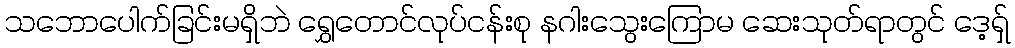
သဘောပေါက်ခြင်းမရှိဘဲ ရွှေတောင်လုပ်ငန်းစု နဂါးသွေးကြောမ ဆေးသုတ်ရာတွင် ဒေ့ရှ်